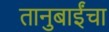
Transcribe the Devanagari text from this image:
तानुबाईंचा